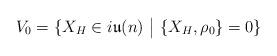
LaTeX: \begin{align*}V_0=\{X_H\in i\mathfrak{u}(n)\ \big|\ \{X_H,\rho_0\}=0\}\end{align*}